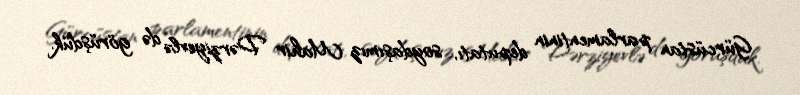
Gürcüstan parlamentinin deputatı, soydaşımız Mahir Dərziyevlə də görüşdük.